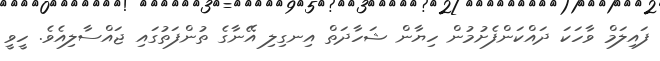
ފައިލަމް ވާހަކަ ދައްކަންފެށުމުން ހިޔާން ޝަހާދަތް އިނގިލި އޭނާގެ ތުންފަތުގައި ޖައްސާލިއެވެ. ހީވީ